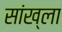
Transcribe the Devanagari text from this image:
सांख्ला